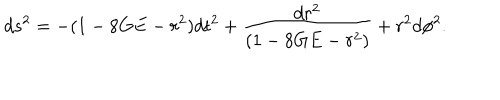
LaTeX: d s ^ { 2 } = - ( 1 - 8 G E - r ^ { 2 } ) d t ^ { 2 } + \frac { d r ^ { 2 } } { ( 1 - 8 G E - r ^ { 2 } ) } + r ^ { 2 } d \phi ^ { 2 } .